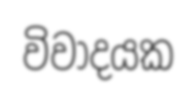
විවාදයක